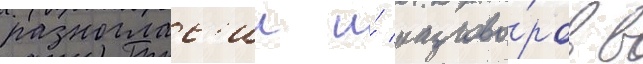
разноглас'ии и́ разгово́ров в